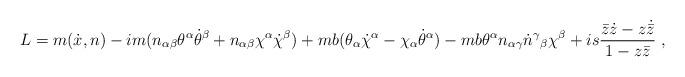
LaTeX: \begin{align*}L=m(\dot{x},n)-im(n_{\alpha\beta}\theta^\alpha\dot{\theta}^\beta+n_{\alpha\beta}\chi^\alpha\dot{\chi}^\beta)+mb(\theta_\alpha\dot{\chi}^\alpha-\chi_\alpha\dot{\theta}^\alpha)-mb\theta^\alpha n_{\alpha\gamma}\dot{n}^\gamma{}_\beta\chi^\beta+is\frac{\bar{z}\dot{z}-z\dot{\bar{z}}}{1-z\bar{z}}\;,\end{align*}